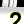
Digit: 2